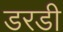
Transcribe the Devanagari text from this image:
डरडी